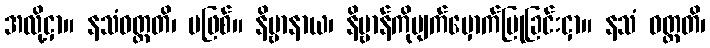
အလို့ငှာ။ နသံဝတ္တတိ၊ မဖြစ်။ နိဗ္ဗာနာယ၊ နိဗ္ဗာန်ကိုမျက်မှောက်ပြုခြင်းငှာ။ နသံ ဝတ္တတိ၊